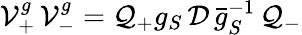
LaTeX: {\cal V}_{+}^{g}\, {\cal V}_{-}^{g}={\cal Q}_{+}g_{S}\, {\cal D}\, \bar{g}_{S}^{-1}\, {\cal Q}_{-}